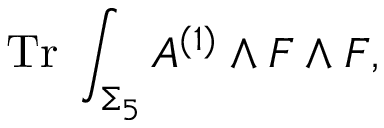
\mathrm { T r } \; \int _ { \Sigma _ { 5 } } A ^ { ( 1 ) } \wedge F \wedge F ,